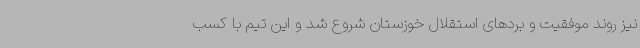
نیز روند موفقیت و بردهای استقلال خوزستان شروع شد و این تیم با کسب